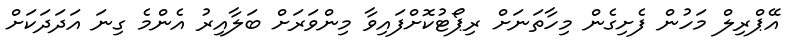
އޭޕްރިލް މަހުން ފެށިގެން މިހާތަނަށް ރިޕޯޓުކޮށްފައިވާ މިންވަރަށް ބަލާއިރު އެންމެ ގިނަ އަދަދަކަށް